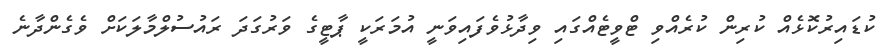
ކުޑައިރުކޮޅެއް ކުރިން ކުރެއްވި ޓްވީޓެއްގައި ވިދާޅުވެފައިވަނީ އުމަރަކީ ޕާޓީގެ ވަރުގަދަ ރައުސުލްމާލަކަށް ވެގެންދާނެ